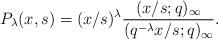
LaTeX: \begin{align*}& P_{\lambda}(x, s) = (x/s)^{\lambda} \frac{(x/s;q)_{\infty}}{(q^{-\lambda} x/s ;q)_{\infty}}. \end{align*}